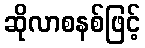
ဆိုလာစနစ်ဖြင့်